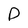
Character: D